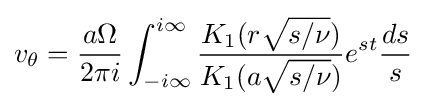
v_{\theta }={\frac {a\Omega }{2\pi i}}\int _{-i\infty }^{i\infty }{\frac {K_{1}(r{\sqrt {s/\nu }})}{K_{1}(a{\sqrt {s/\nu }})}}e^{st}{\frac {ds}{s}}